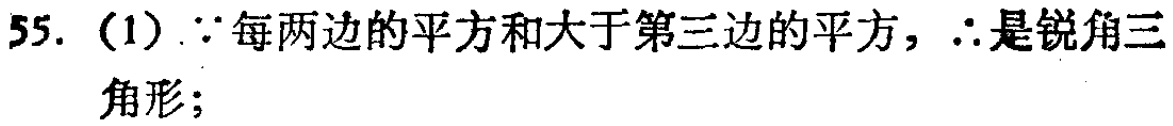
55.（1）$\because$每两边的平方和大于第三边的平方，$\therefore$是锐角三角形；